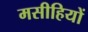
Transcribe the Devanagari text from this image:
मसीहियों